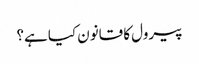
پیرول کا قانون کیا ہے؟